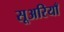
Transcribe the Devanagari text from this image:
सूअरियाँ